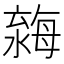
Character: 𣼿